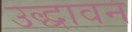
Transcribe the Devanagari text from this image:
उद्धावन